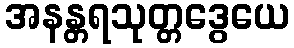
အနန္တရသုတ္တဒွေယေ